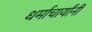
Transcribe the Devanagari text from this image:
धर्माचार्यांनी